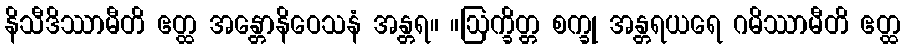
နိသီဒိဿာမီတိ ဧတ္ထ အန္တောနိဝေသနံ အန္တရ။ ။ဩက္ခိတ္တ စက္ခု အန္တရယရေ ဂမိဿာမီတိ ဧတ္ထ